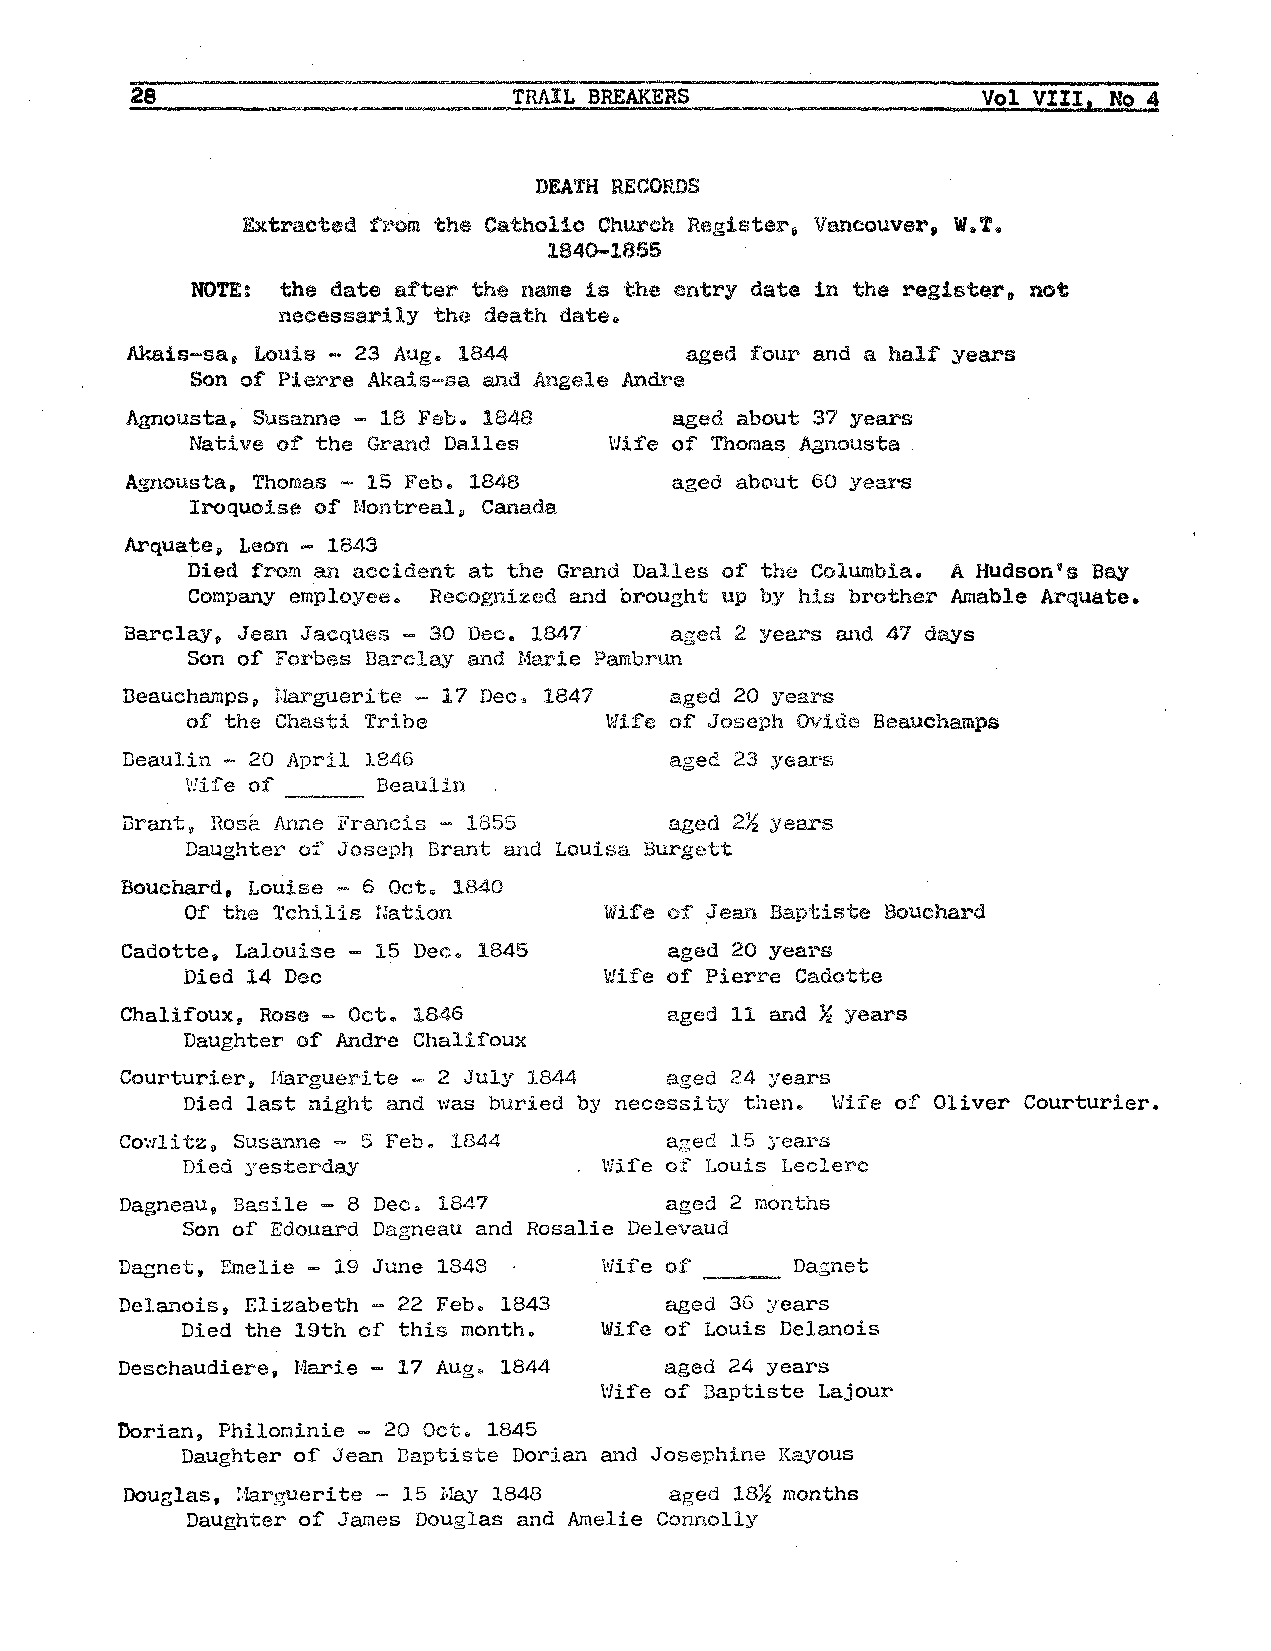
_2_8 ____________TR       A_I_L_B_RE_AK_E_R_S_ ___________v_ o_l_V_I_I_I_., __N_ _o _4_
 DEATH RECORDS
 Extracted from the Catholic Church Register, Vancouver, W.T.
 1840-1855
 NOTE: the date after the name is the entry date in the register not
 0
 necessarily the death date.
 AY.ais-sa, Louis - 23 Aug~ 1844      aged four and a half years
 Son of Pierre Akais-sa and Angele Andre
 Agnousta, Susanne - 18 Febo 1848    aged about 37 years
 Native of the Grand Dalles \'life of Thomas Agnousta
 Agnousta. Thomas - 15 Feb. 1848     aged about 60 years
 Iroquoise o:f Montreal~ Canada
 Arquatep Leon - 1843
 Died from an accident at the Grand Dalles of the Columbia. A Hudson's Bay
 Company employee~ Recognized and brought up by his brother Amable Arquate.
 Barclay, Jean Jacques - 30 Dec. 1847 aged 2 years and 47 days
 Son of Forbes Barclay and Marie Pambrun
 Beauchamps, r.Iarguerite - 17 Dec, 1847 aged 20 years
 of the Chasti Tribe         Wife of Joseph Ovide Beauchamps
 Deaulin - 20 April 1846             aged 23 years
 \'!if'e of' --- Beaulin
 Brant, Rosa Anne Francis - 1855     aged 2½ years
 Daughter of Joseph Brant and Louisa Burgett
 Bouchard, Louise - 6 Oct. 1840
 Of the Tchilis IJation      Wife of Jean Baptiste Bouchard
 Cadotte. Lalouise 15 Dec. 1845      aged 20 years
 Died 14 Dec                 Wife of Pierre Cadotte
 Chalifoux, Rose - Oct$ 1846         aged 11 and½ years
 Daughter of Andre Chalifoux
 Courturier, Marguerite - 2 July 1844 aged 24 years
 Died last night and \•;as buried by necessi ty then. Wife of Oliver Courturier.
 Co~·1litz Susanne - 5 Feb. 1844     aged 15 years
 0
 Died yesterday            . \'life of Louis Leclerc
 Dagneau, Basile - 8 Dec. 1847       aged 2 months
 Son of Edouard Dagneau and Rosalie Delevaud
 Dagnet, Emelie - 19 June 1843   Wife of ___  Dagnet
 Delanois, Elizabeth 22 Feb. 1843    aged 3G years
 Died the 19th of this month. Wife of Louis Delanois
 Deschaudiere, Marie 17 Aug. 1844    aged 24 years
 \'life of Baptiste Lajour
 Dorian, Philominie - 20 Oct. 1845
 Daughter of Jean Baptiste Dorian and Josephine Kayous
 Douglas, .:fa.rgueri te - 15 May 1848 aged 18½ months
 Daughter of James Douglas and Amelie Connolly